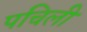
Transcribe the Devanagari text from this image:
पचिली